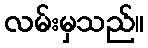
လမ်းမှသည်။